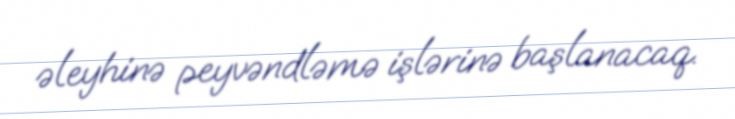
əleyhinə peyvəndləmə işlərinə başlanacaq.